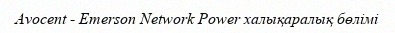
Avocent - Emerson Network Power халықаралық бөлімі